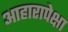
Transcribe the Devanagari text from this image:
आहारापेक्षा